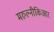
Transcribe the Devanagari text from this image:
मरुल्नीकिआर